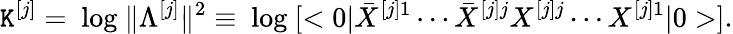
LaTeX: {\cal\mathtt{K}}^{[j]}=\mathrm{{~log~}}\| \Lambda^{[j]}\| ^{2}\equiv\mathrm{{~log~}}[<0|{\bar{{X}}}^{[j]1}\cdots{\bar{{X}}}^{[j]j}{X}^{[j]j}\cdots{X}^{[j]1}|0>].